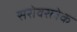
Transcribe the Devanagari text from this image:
सरोवरलेक